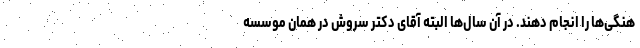
هنگی‌ها را انجام دهند. در آن سال‌ها البته آقای دکتر سروش در همان موسسه